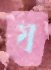
য